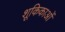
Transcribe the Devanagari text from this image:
शूकिकाओं